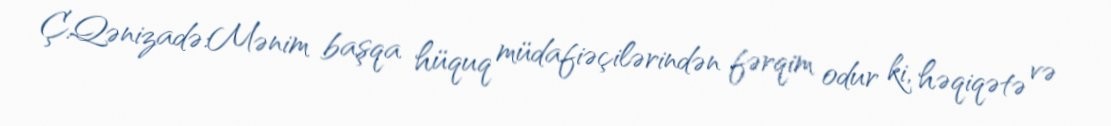
Ç.Qənizadə:Mənim başqa hüquq müdafiəçilərindən fərqim odur ki, həqiqətə və